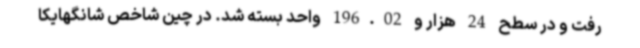
رفت و در سطح 24 هزار و 196.02 واحد بسته شد. در چین شاخص شانگهایکا